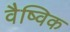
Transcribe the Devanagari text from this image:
वैष्विक